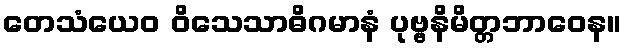
တေသံယေဝ ဝိသေသာဓိဂမာနံ ပုဗ္ဗနိမိတ္တဘာဝေန။